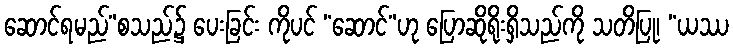
ဆောင်ရမည်”စသည်၌ ပေးခြင်း ကိုပင် “ဆောင်”ဟု ပြောဆိုရိုးရှိသည်ကို သတိပြု၊ “ယဿ